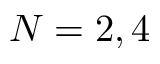
N = 2 , 4